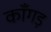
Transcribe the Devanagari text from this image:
काँगड़